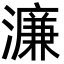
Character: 濂